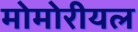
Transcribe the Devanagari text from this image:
मोमोरीयल